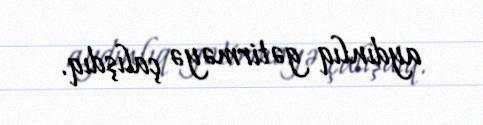
aydınlıq gətirməyə çalışdıq.